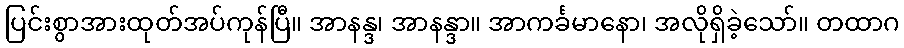
ပြင်းစွာအားထုတ်အပ်ကုန်ပြီ။ အာနန္ဒ၊ အာနန္ဒာ။ အာကင်္ခမာနော၊ အလိုရှိခဲ့သော်။ တထာဂ